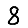
Digit: 8